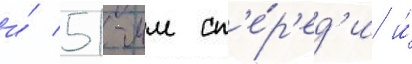
и́ 51-мм сп'е́р'ед'и и́